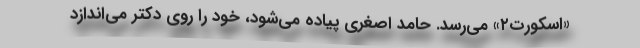
«اسکورت۲» می‌رسد. حامد اصغری پیاده می‌شود، خود را روی دکتر می‌اندازد